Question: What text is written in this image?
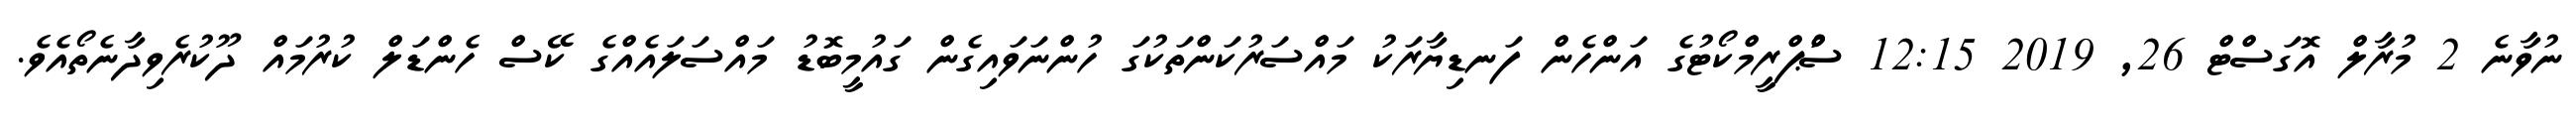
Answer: ނުވާނެ 2 މުރާލް އޮގަސްޓް 26, 2019 12:15 ސުްޕްރީމްކޯޓުގެ އަންހެން ފަނޑިޔާރަކު މައްސަރުކަންތަކުގަ ހުންނަވައިގެން ގައުމީބޮޑު މައްސަލައެއްގެ ކޭސް ހެންޑަލް ކުރުމައް ދޫކުރެވިދާނެތޯއެވެ.